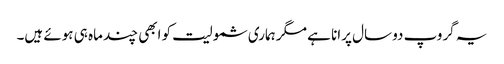
یہ گروپ دو سال پرانا ہے مگر ہماری شمولیت کو ابھی چند ماہ ہی ہوئے ہیں۔